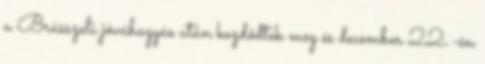
a Brüsszeli jóváhagyás után kezdődtek meg és december 22.-én